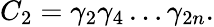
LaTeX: C_{2}=\gamma_{2}\gamma_{4}\ldots\gamma_{2n}.